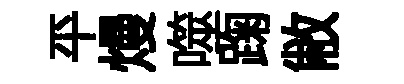
平熳噬踘敝